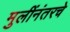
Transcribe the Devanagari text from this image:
मुलींनंतरचे